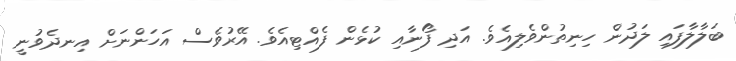
ބަލާލާފައި ލަދުން ހިނިތުންވެލިއެވެ. އަދި ފޯނާއި ކުޅެން ފެއްޓިއެވެ. އޭރުވެސް އަހަންނަށް އިނދެވުނީ